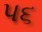
પ૬